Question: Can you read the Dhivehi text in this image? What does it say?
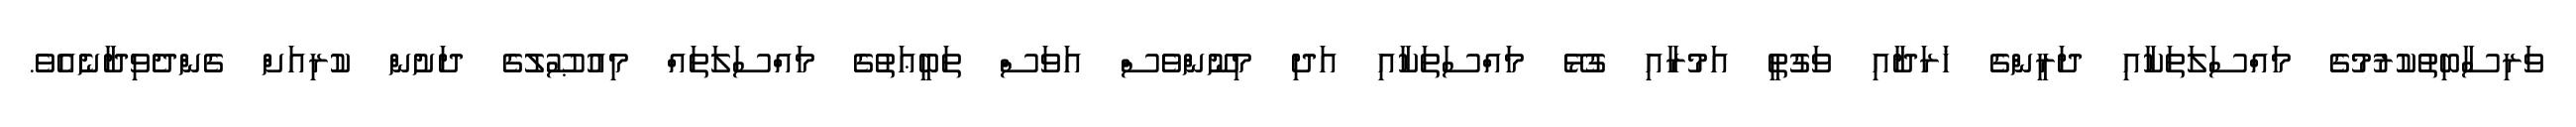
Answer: ވަރިސާބިތުކުރުމުގެ މައްސަލަތަކާއި ދަރީންގެ ޚަރަދާއި ވަގުތީ އަމުރާއި ގުޅޭ މައްސަތަކާއި އަދި މިނޫންވެސް އަވަސް ތަބީޢަތުގެ މައްސަލަތައް މިއުޞޫލުގެ ދަށުން ކުރިއަށް ގެންދެވިދާނެއެވެ.